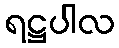
ရဋ္ဌပါလ